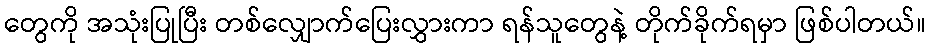
တွေကို အသုံးပြုပြီး တစ်လျှောက်ပြေးလွှားကာ ရန်သူတွေနဲ့ တိုက်ခိုက်ရမှာ ဖြစ်ပါတယ်။